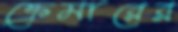
ক্রেমারের